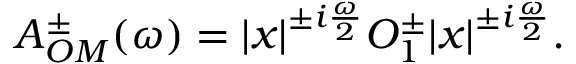
A _ { O M } ^ { \pm } ( \omega ) = | x | ^ { \pm i \frac { \omega } { 2 } } O _ { 1 } ^ { \pm } | x | ^ { \pm i \frac { \omega } { 2 } } .